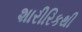
શારીરિકથી